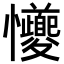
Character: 𪭆